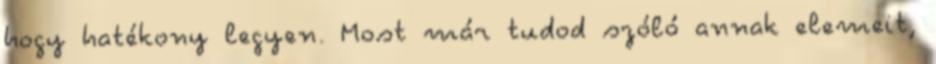
hogy hatékony legyen. Most már tudod szóló annak elemeit,